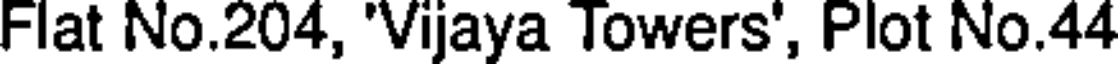
Flat No.204, 'Vijaya Towers', Plot No.44